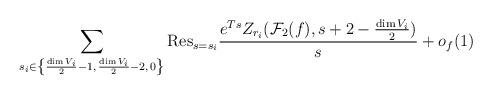
LaTeX: \begin{align*}\sum_{s_i \in \left\{\frac{\dim V_i}{2}-1,\,\frac{\dim V_i}{2}-2,\,0\right\}} \mathrm{Res}_{s=s_i}\frac{e^{Ts}Z_{r_i}(\mathcal{F}_2(f),s+2-\frac{\dim V_i}{2})}{s}+o_f(1)\end{align*}